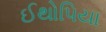
ઈથોપિયા